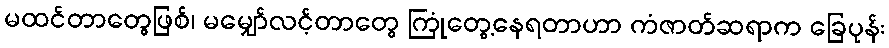
မထင်တာတွေဖြစ်၊ မမျှော်လင့်တာတွေ ကြုံတွေ့နေရတာဟာ ကံဇာတ်ဆရာက ခြေပုန်း